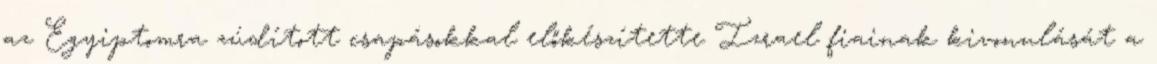
az Egyiptomra zúdított csapásokkal előkészítette Izrael fiainak kivonulását a